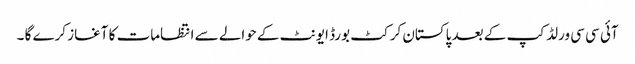
آئی سی سی ورلڈ کپ کے بعد پاکستان کرکٹ بورڈ ایونٹ کے حوالے سے انتظامات کا آغاز کرے گا ۔